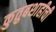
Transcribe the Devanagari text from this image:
कुतुबशाहीची